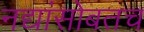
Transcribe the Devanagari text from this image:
नद्यांसोबतच